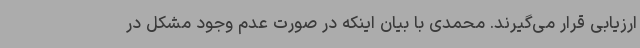
ارزیابی قرار می‌گیرند. محمدی با بیان اینکه در صورت عدم وجود مشکل در